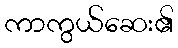
ကာကွယ်ဆေး၏